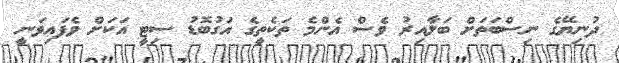
ދުނިޔޭގެ ނިސްބަތަށް ބަލާއިރު ވެސް އެންމެ ތަކެތީގެ އަގުބޮޑު ސިޓީ އަކަށް ވެފައިވަނީ